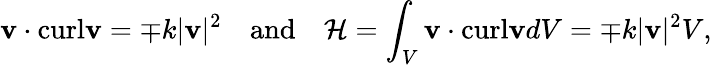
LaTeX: \mathbf{v}\cdot\textrm{curl}\mathbf{v}=\mp k|\mathbf{v}|^{2}\quad\textrm{and}\quad\mathcal{H}=\int_{V}\mathbf{v}\cdot\textrm{curl}\mathbf{v}dV=\mp k|\mathbf{v}|^{2}V,